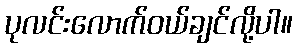
ပုလင်းလောက်ဝယ်ချင်လို့ပါ။